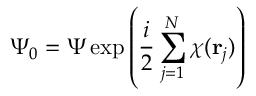
\Psi _ { 0 } = \Psi \exp \left( { \frac { i } { 2 } } \sum _ { j = 1 } ^ { N } \chi ( { \bf r } _ { j } ) \right)